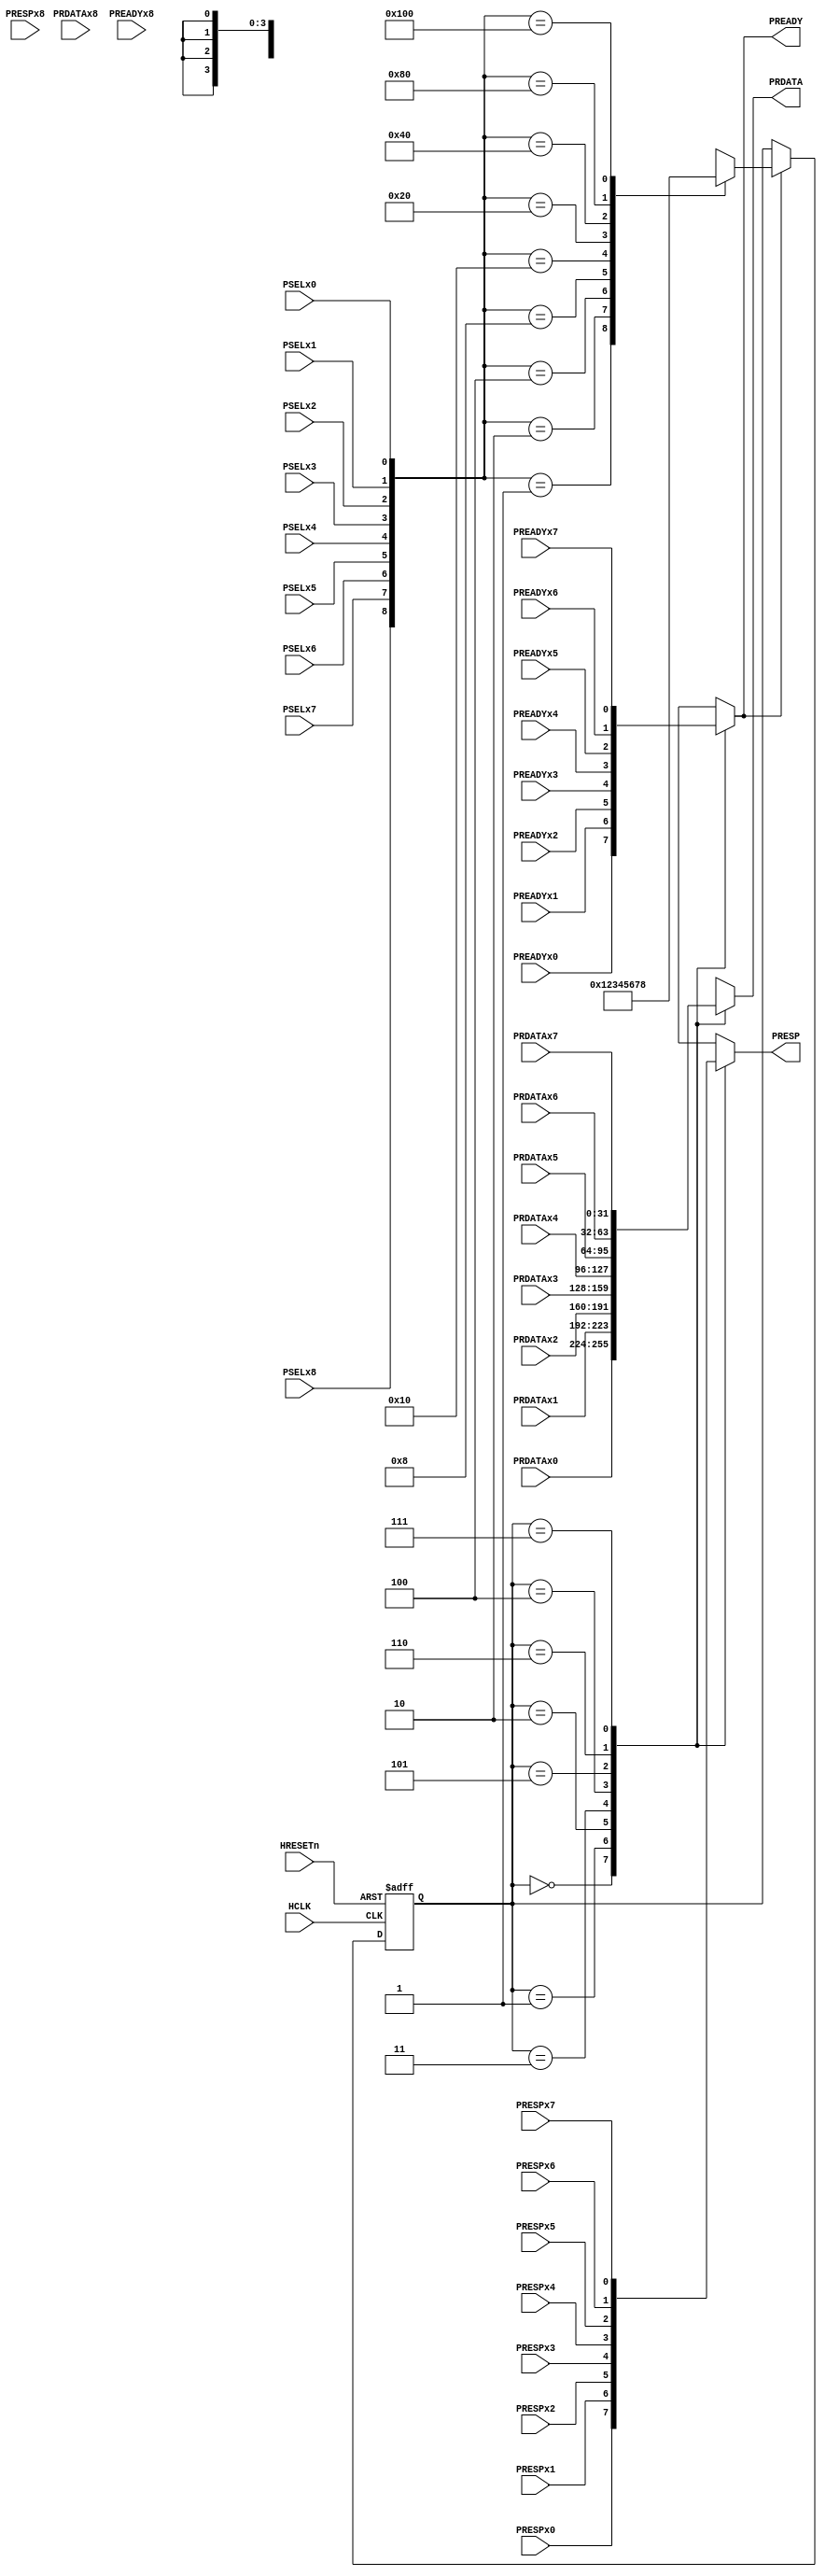


module apb_mux
(
  // -------------
  // Input pins //
  // -------------
  // Clock and reset
  input HCLK,
  input HRESETn,
  // Slave datas
  input [31:0] PRDATAx0,
  input [31:0] PRDATAx1,
  input [31:0] PRDATAx2,
  input [31:0] PRDATAx3,
  input [31:0] PRDATAx4,
  input [31:0] PRDATAx5,
  input [31:0] PRDATAx6,
  input [31:0] PRDATAx7,
  input [31:0] PRDATAx8,
  // Control signals
  input PSELx0,
  input PSELx1,
  input PSELx2,
  input PSELx3,
  input PSELx4,
  input PSELx5,
  input PSELx6,
  input PSELx7,
  input PSELx8,
  // Slave responses
  input PREADYx0,
  input PREADYx1,
  input PREADYx2,
  input PREADYx3,
  input PREADYx4,
  input PREADYx5,
  input PREADYx6,
  input PREADYx7,
  input PREADYx8,

  input PRESPx0,
  input PRESPx1,
  input PRESPx2,
  input PRESPx3,
  input PRESPx4,
  input PRESPx5,
  input PRESPx6,
  input PRESPx7,
  input PRESPx8,  
  // --------------
  // Output pins //
  // --------------
  output reg PREADY,
  output reg PRESP,
  output reg [31:0] PRDATA
);
// Slave select register
reg [3:0] slave_select;
// Slave select register update
always @ (posedge HCLK or negedge HRESETn) begin
  if(!HRESETn) begin
    slave_select <= 4'b0;
  end
  else begin
    // If PREADY is high, update slave_select
    if(PREADY) begin
      case({PSELx8,PSELx7, PSELx6, PSELx5, PSELx4, PSELx3, PSELx2, PSELx1, PSELx0})
        9'h001: slave_select <= 4'h0;
        9'h002: slave_select <= 4'h1;
        9'h004: slave_select <= 4'h2;
        9'h008: slave_select <= 4'h3;
        9'h010: slave_select <= 4'h4;
        9'h020: slave_select <= 4'h5;
		    9'h040: slave_select <= 4'h6;
        9'h080: slave_select <= 4'h7;
        9'h100: slave_select <= 4'h8;
        // Default is for default slave
        default: slave_select <= 4'hx;
      endcase
    end
  end
end

// Read data multiplexor
always @ (*) begin
  case(slave_select)
    4'h0: PRDATA = PRDATAx0;
    4'h1: PRDATA = PRDATAx1;
    4'h2: PRDATA = PRDATAx2;
    4'h3: PRDATA = PRDATAx3;
    4'h4: PRDATA = PRDATAx4;
    4'h5: PRDATA = PRDATAx5;
    4'h6: PRDATA = PRDATAx6;
	  4'h7: PRDATA = PRDATAx7;
    default: PRDATA = 64'hx;
  endcase
end

// Response multiplexor
always @ (*) begin
  case(slave_select)
    4'h0: begin
      PRESP = PRESPx0;
      PREADY = PREADYx0;
      end
    4'h1: begin
      PRESP = PRESPx1;
      PREADY = PREADYx1;
    end
    4'h2: begin
      PRESP = PRESPx2;
      PREADY = PREADYx2;
    end
    4'h3: begin
      PRESP = PRESPx3;
      PREADY = PREADYx3;
    end
    4'h4: begin
      PRESP = PRESPx4;
      PREADY = PREADYx4;
    end
    4'h5: begin
      PRESP = PRESPx5;
      PREADY = PREADYx5;
    end
    4'h6: begin
      PRESP = PRESPx6;
      PREADY = PREADYx6;
    end
	4'h7: begin
      PRESP = PRESPx7;
      PREADY = PREADYx7;
    end
    default: begin
      PRESP = 1'bx;
      PREADY = 1'bx;
    end
  endcase
end

endmodule